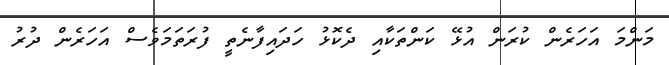
މަންމަ އަހަރެން ކުރަން އުޅޭ ކަންތަކާއި ދެކޮޅު ހަދައިފާނެތީ ފުރަތަމަވެސް އަހަރެން ދުރު